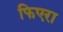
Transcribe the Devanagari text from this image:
फिएरा